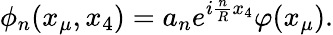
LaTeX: \phi_{n}(x_{\mu},x_{4})=a_{n}e^{i\frac{n}{R}x_{4}}\varphi(x_{\mu}).